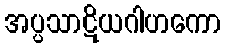
အပ္ပသာဋိယဂါဟကော